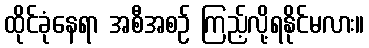
ထိုင်ခုံနေရာ အစီအစဉ် ကြည့်လို့ရနိုင်မလား။